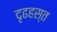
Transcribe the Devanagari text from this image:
दृढहस्त